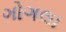
ગોગલા